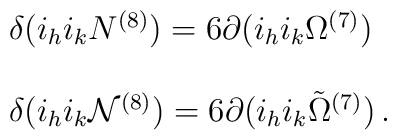
\begin{array}{rcl}&&\delta (i_h i_k N^{(8)})=6\partial (i_h i_k \Omega^{(7)})\\ & & \\ &&\delta (i_h i_k {\cal N}^{(8)})=6\partial (i_h i_k {\tilde \Omega}^{(7)})\, .\\\end{array}